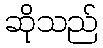
ဆိုသည်